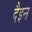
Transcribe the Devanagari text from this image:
दैइन